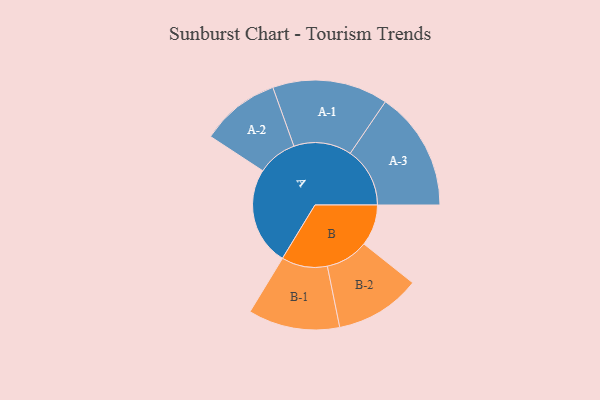
{"axis": {"x": "Segment", "y": "Value"}, "legend": ["", "A", "B"], "data": [{"x": "A", "y": 427, "type": ""}, {"x": "B", "y": 179, "type": ""}, {"x": "A-1", "y": 251, "type": "A"}, {"x": "A-2", "y": 172, "type": "A"}, {"x": "A-3", "y": 259, "type": "A"}, {"x": "B-1", "y": 199, "type": "B"}, {"x": "B-2", "y": 186, "type": "B"}]}